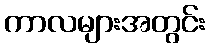
ကာလများအတွင်း